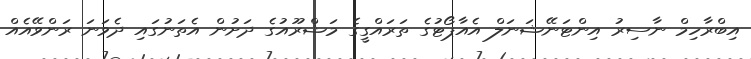
އިބްރާހިމް ނާސިރު އިންޓަނޭޝަނަލް އެއާޕޯޓުގެ ތަރައްގީގެ މަޝްރޫއުގެ ދަށުން އެތަނުގައި ދެވަނަ ރަންވޭއެއް